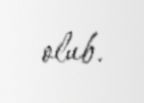
olub.